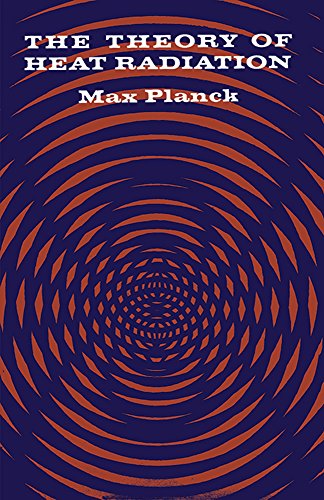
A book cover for The Theory of Heat Radiation (Dover Books on Physics); Max Planck; Science & Math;